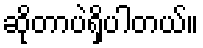
ဆိုတာပဲရှိပါတယ်။